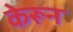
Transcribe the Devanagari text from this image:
केरून